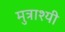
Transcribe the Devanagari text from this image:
मुत्राश्यी